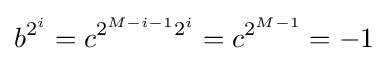
b^{2^{i}}=c^{2^{M-i-1}2^{i}}=c^{2^{M-1}}=-1